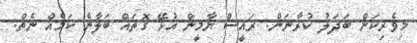
މިވެރިކަން ބަދަލު ކުރާނަން. ރައީސް ޔާމީން އުޅޭ ގޮތައް ބަލާނެ ކަމެއް ނެތް.